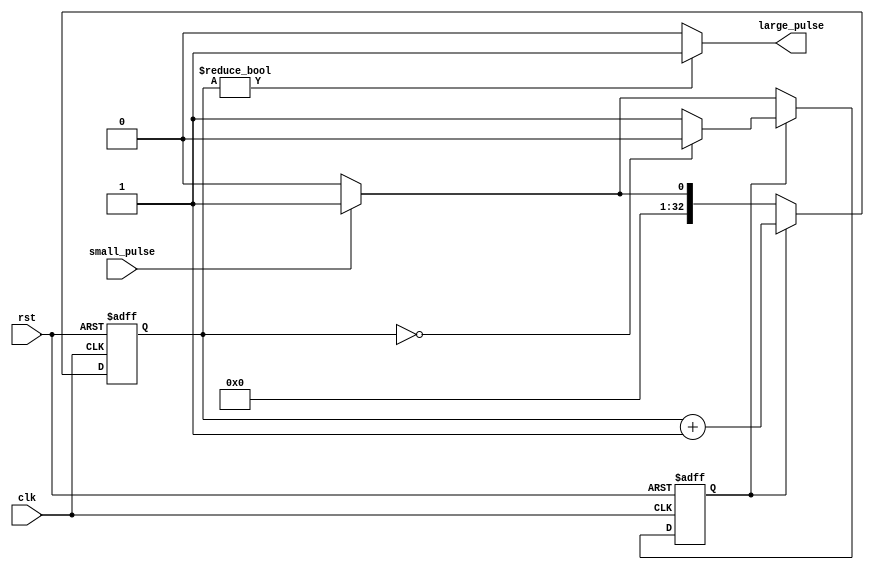
`timescale 1ns / 1ps

module CreateLargePulse #(
	// means the pulse has to be solwed down
	// to the frequency of clk/(2^16)
	parameter PULSE_SIZE = 33
)(
	output wire large_pulse,
	input wire small_pulse,
	input wire rst,
	input wire clk
);

	parameter WAITING = 1'b0;
	parameter COUNTING = 1'b1;
	reg state; 
	reg [PULSE_SIZE-1:0] counter;
	
	assign large_pulse = (counter != 0) ? 1 : 0;

	always @ (posedge clk, posedge rst) begin
		if (rst) begin
			state <= WAITING;
			counter <= 0;
		end else begin
			if (state == WAITING) begin
				if (small_pulse) begin
					state <= COUNTING;
					counter <= 1;
				end else begin
					state <= WAITING;
					counter <= 0;
				end
			end else if (state == COUNTING) begin
				counter <= counter + 1;
				if (counter == 0) begin
					state <= WAITING;
				end else begin
					state <= COUNTING;
				end
			end
		end
	end

endmodule